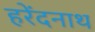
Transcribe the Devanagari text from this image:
हरेंदनाथ